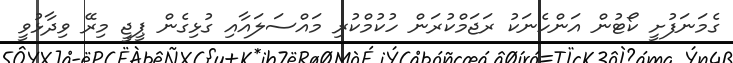
ގެމަނަފުށީ ކޯޓުން އަންހެނަކު ރަޖަމްކުރަން ހުކުމްކުރި މައްސަލައާއި ގުޅިގެން ޕީޖީ މިރޭ ވިދާޅުވީ